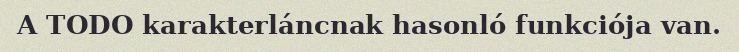
A TODO karakterláncnak hasonló funkciója van.